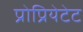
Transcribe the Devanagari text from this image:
प्रोप्रियेटेट